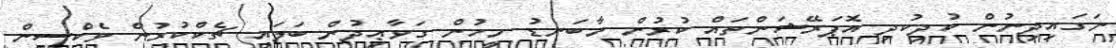
ނަގައިދިނުން ކުދިކުދި އޮޕަރޭޝަންތައް ކުރުން މާބަނޑު މީހުން ގަވާޢިދުން ބަލައި ޗެކްކުރުން ވެކްސިން